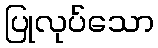
ပြုလုပ်သော